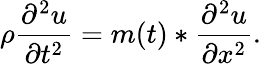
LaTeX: \rho\frac{\partial^{2}u}{\partial t^{2}}=m(t)*\frac{\partial^{2}u}{\partial x^{2}}.